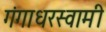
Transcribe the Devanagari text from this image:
गंगाधरस्वामी